Scottish Leaving Certificate Examination, 1959
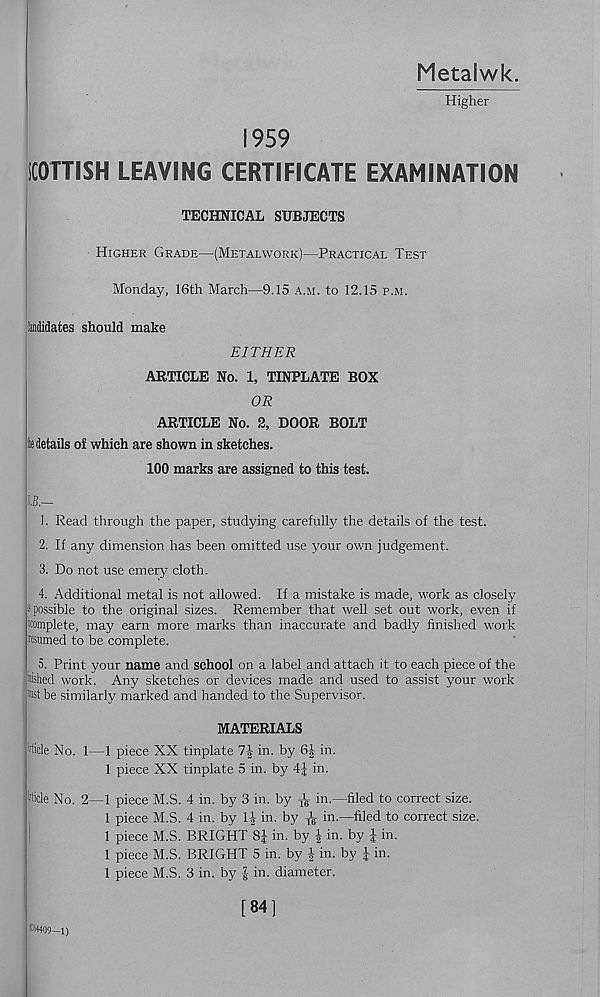
Metalwk.
Higher
1959
iCOHISH LEAVING CERTIFICATE EXAMINATION
TECHNICAL SUBJECTS
Higher Grade—(Metalwork)—Practical Test
Monday, 16th March—9.15 a.m. to 12.15 p.m.
Midates should make
EITHER
ARTICLE No. 1, TINPLATE BOX
OR
ARTICLE No. 2, DOOR BOLT
le details of which are shown in sketches.
100 marks are assigned to this test.
1,8.—
1. Read through the paper, studying carefully the details of the test.
2. If any dimension has been omitted use your own judgement.
3. Do not use emery cloth.
4. Additional metal is not allowed. If a mistake is made, work as closely
j possible to the original sizes. Remember that well set out work, even if
womplete, may earn more marks than inaccurate and badly finished work
teamed to be complete.
5. Print your name and school on a label and attach it to each piece of the
lished work. Any sketches or devices made and used to assist your work
be similarly marked and handed to the Supervisor.
MATERIALS
hide No. 1—1 piece XX tinplate 7| in. by 6f in.
1 piece XX tinplate 5 in. by 4J in.
hide No. 2—1 piece M.S. 4 in. by 3 in. by ^ in.—filed to correct size.
1 piece M.S. 4 in. by 1J in. by
in.—filed to correct size.
1 piece M.S. BRIGHT SJ in. by | in. by J in.
1 piece M.S. BRIGHT 5 in. by | in. by J in.
1 piece M.S. 3 in. by | in. diameter.
[84]
(C64409-—1)